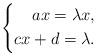
LaTeX: \begin{align*}\left\{\begin{aligned}ax=\lambda x,\\cx+d=\lambda.\end{aligned}\right.\end{align*}